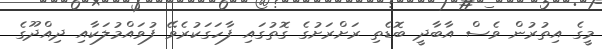
މީގެ އިތުރުން ވެސް އާބާދީ ބޮޑެތި ރަށްރަށުގެ ގޮތުގައި ފާހަގަކުރެވޭ ފުވައްމުލަކާއި ދިއްދޫގެ